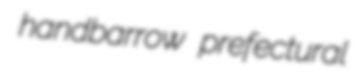
handbarrow prefectural